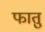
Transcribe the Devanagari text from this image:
फातु